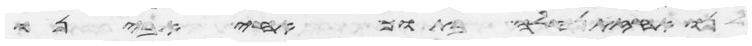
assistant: לנו אחזת נחלה בתוך אחי אבינו